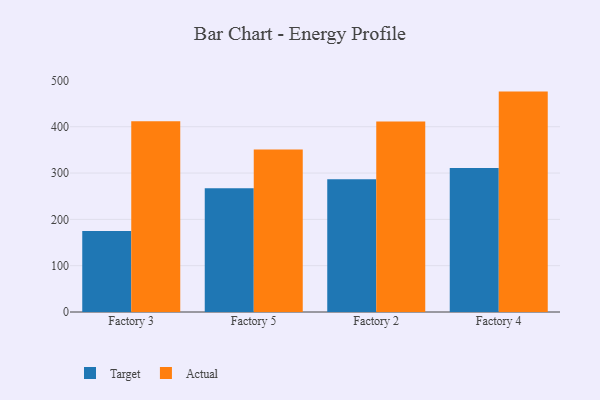
{"axis": {"x": "Factory", "y": "Humidity (%)"}, "legend": ["Actual", "Target"], "data": [{"x": "Factory 3", "y": 175.0, "type": "Target"}, {"x": "Factory 3", "y": 412.0, "type": "Actual"}, {"x": "Factory 5", "y": 267.0, "type": "Target"}, {"x": "Factory 5", "y": 351.0, "type": "Actual"}, {"x": "Factory 2", "y": 286.7, "type": "Target"}, {"x": "Factory 2", "y": 411.3, "type": "Actual"}, {"x": "Factory 4", "y": 311.0, "type": "Target"}, {"x": "Factory 4", "y": 475.8, "type": "Actual"}]}